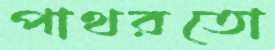
পাথরতো